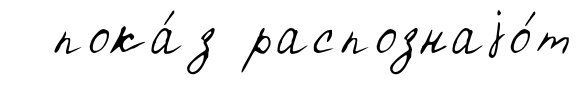
пока́з распознаjо́т